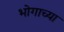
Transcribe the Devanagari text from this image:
भोगाच्या